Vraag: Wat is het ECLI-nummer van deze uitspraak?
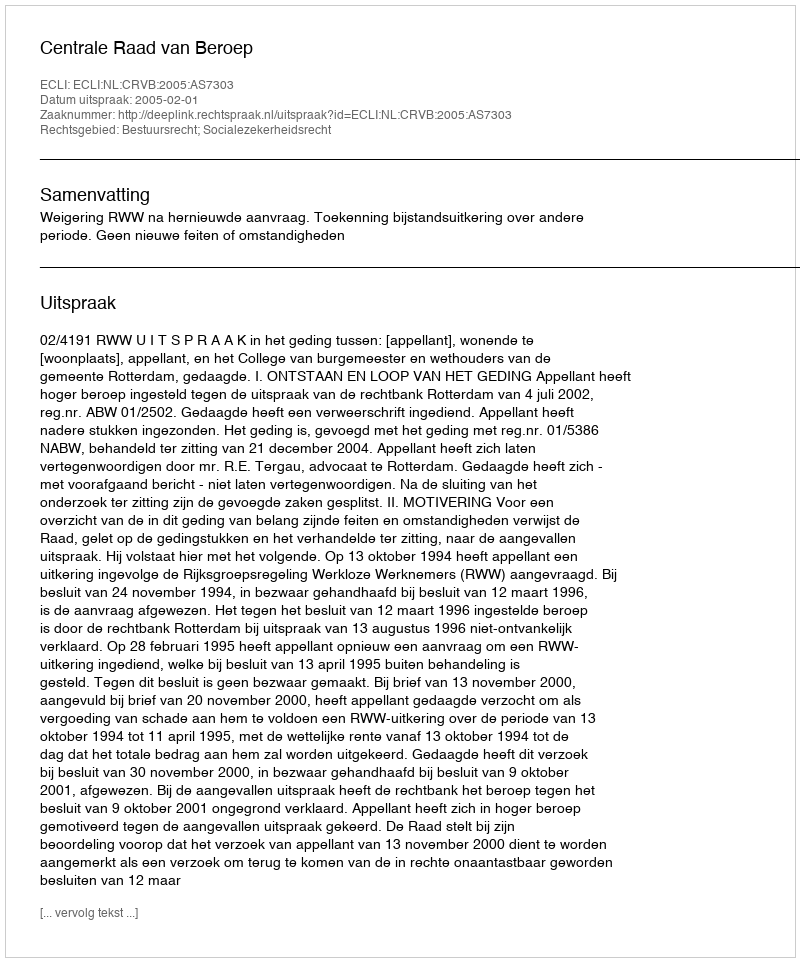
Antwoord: ECLI:NL:CRVB:2005:AS7303